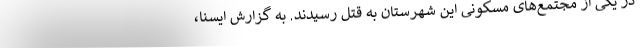
در یکی از مجتمع‌های مسکونی این شهرستان به قتل رسیدند. به گزارش ایسنا،